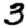
Digit: 3